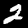
Label: 2